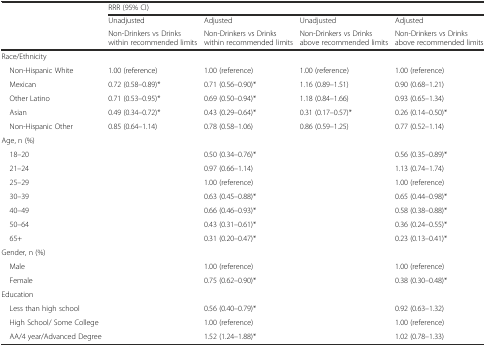
<table><thead><tr><td></td><td colspan="4"><b>RRR (95% CI)</b></td></tr><tr><td></td><td><b>Unadjusted</b></td><td><b>Adjusted</b></td><td><b>Unadjusted</b></td><td><b>Adjusted</b></td></tr><tr><td></td><td><b>Non-Drinkers vs Drinks within recommended limits</b></td><td><b>Non-Drinkers vs Drinks within recommended limits</b></td><td><b>Non-Drinkers vs Drinks above recommended limits</b></td><td><b>Non-Drinkers vs Drinks above recommended limits</b></td></tr></thead><tbody><tr><td>Race/Ethnicity</td><td></td><td></td><td></td><td></td></tr><tr><td> Non-Hispanic White</td><td>1.00 (reference)</td><td>1.00 (reference)</td><td>1.00 (reference)</td><td>1.00 (reference)</td></tr><tr><td> Mexican</td><td>0.72 (0.58–0.89)*</td><td>0.71 (0.56–0.90)*</td><td>1.16 (0.89–1.51)</td><td>0.90 (0.68–1.21)</td></tr><tr><td> Other Latino</td><td>0.71 (0.53–0.95)*</td><td>0.69 (0.50–0.94)*</td><td>1.18 (0.84–1.66)</td><td>0.93 (0.65–1.34)</td></tr><tr><td> Asian</td><td>0.49 (0.34–0.72)*</td><td>0.43 (0.29–0.64)*</td><td>0.31 (0.17–0.57)*</td><td>0.26 (0.14–0.50)*</td></tr><tr><td> Non-Hispanic Other</td><td>0.85 (0.64–1.14)</td><td>0.78 (0.58–1.06)</td><td>0.86 (0.59–1.25)</td><td>0.77 (0.52–1.14)</td></tr><tr><td>Age, n (%)</td><td></td><td></td><td></td><td></td></tr><tr><td> 18–20</td><td></td><td>0.50 (0.34–0.76)*</td><td></td><td>0.56 (0.35–0.89)*</td></tr><tr><td> 21–24</td><td></td><td>0.97 (0.66–1.14)</td><td></td><td>1.13 (0.74–1.74)</td></tr><tr><td> 25–29</td><td></td><td>1.00 (reference)</td><td></td><td>1.00 (reference)</td></tr><tr><td> 30–39</td><td></td><td>0.63 (0.45–0.88)*</td><td></td><td>0.65 (0.44–0.98)*</td></tr><tr><td> 40–49</td><td></td><td>0.66 (0.46–0.93)*</td><td></td><td>0.58 (0.38–0.88)*</td></tr><tr><td> 50–64</td><td></td><td>0.43 (0.31–0.61)*</td><td></td><td>0.36 (0.24–0.55)*</td></tr><tr><td> 65+</td><td></td><td>0.31 (0.20–0.47)*</td><td></td><td>0.23 (0.13–0.41)*</td></tr><tr><td>Gender, n (%)</td><td></td><td></td><td></td><td></td></tr><tr><td> Male</td><td></td><td>1.00 (reference)</td><td></td><td>1.00 (reference)</td></tr><tr><td> Female</td><td></td><td>0.75 (0.62–0.90)*</td><td></td><td>0.38 (0.30–0.48)*</td></tr><tr><td>Education</td><td></td><td></td><td></td><td></td></tr><tr><td> Less than high school</td><td></td><td>0.56 (0.40–0.79)*</td><td></td><td>0.92 (0.63–1.32)</td></tr><tr><td> High School/ Some College</td><td></td><td>1.00 (reference)</td><td></td><td>1.00 (reference)</td></tr><tr><td> AA/4 year/Advanced Degree</td><td></td><td>1.52 (1.24–1.88)*</td><td></td><td>1.02 (0.78–1.33)</td></tr></tbody></table>